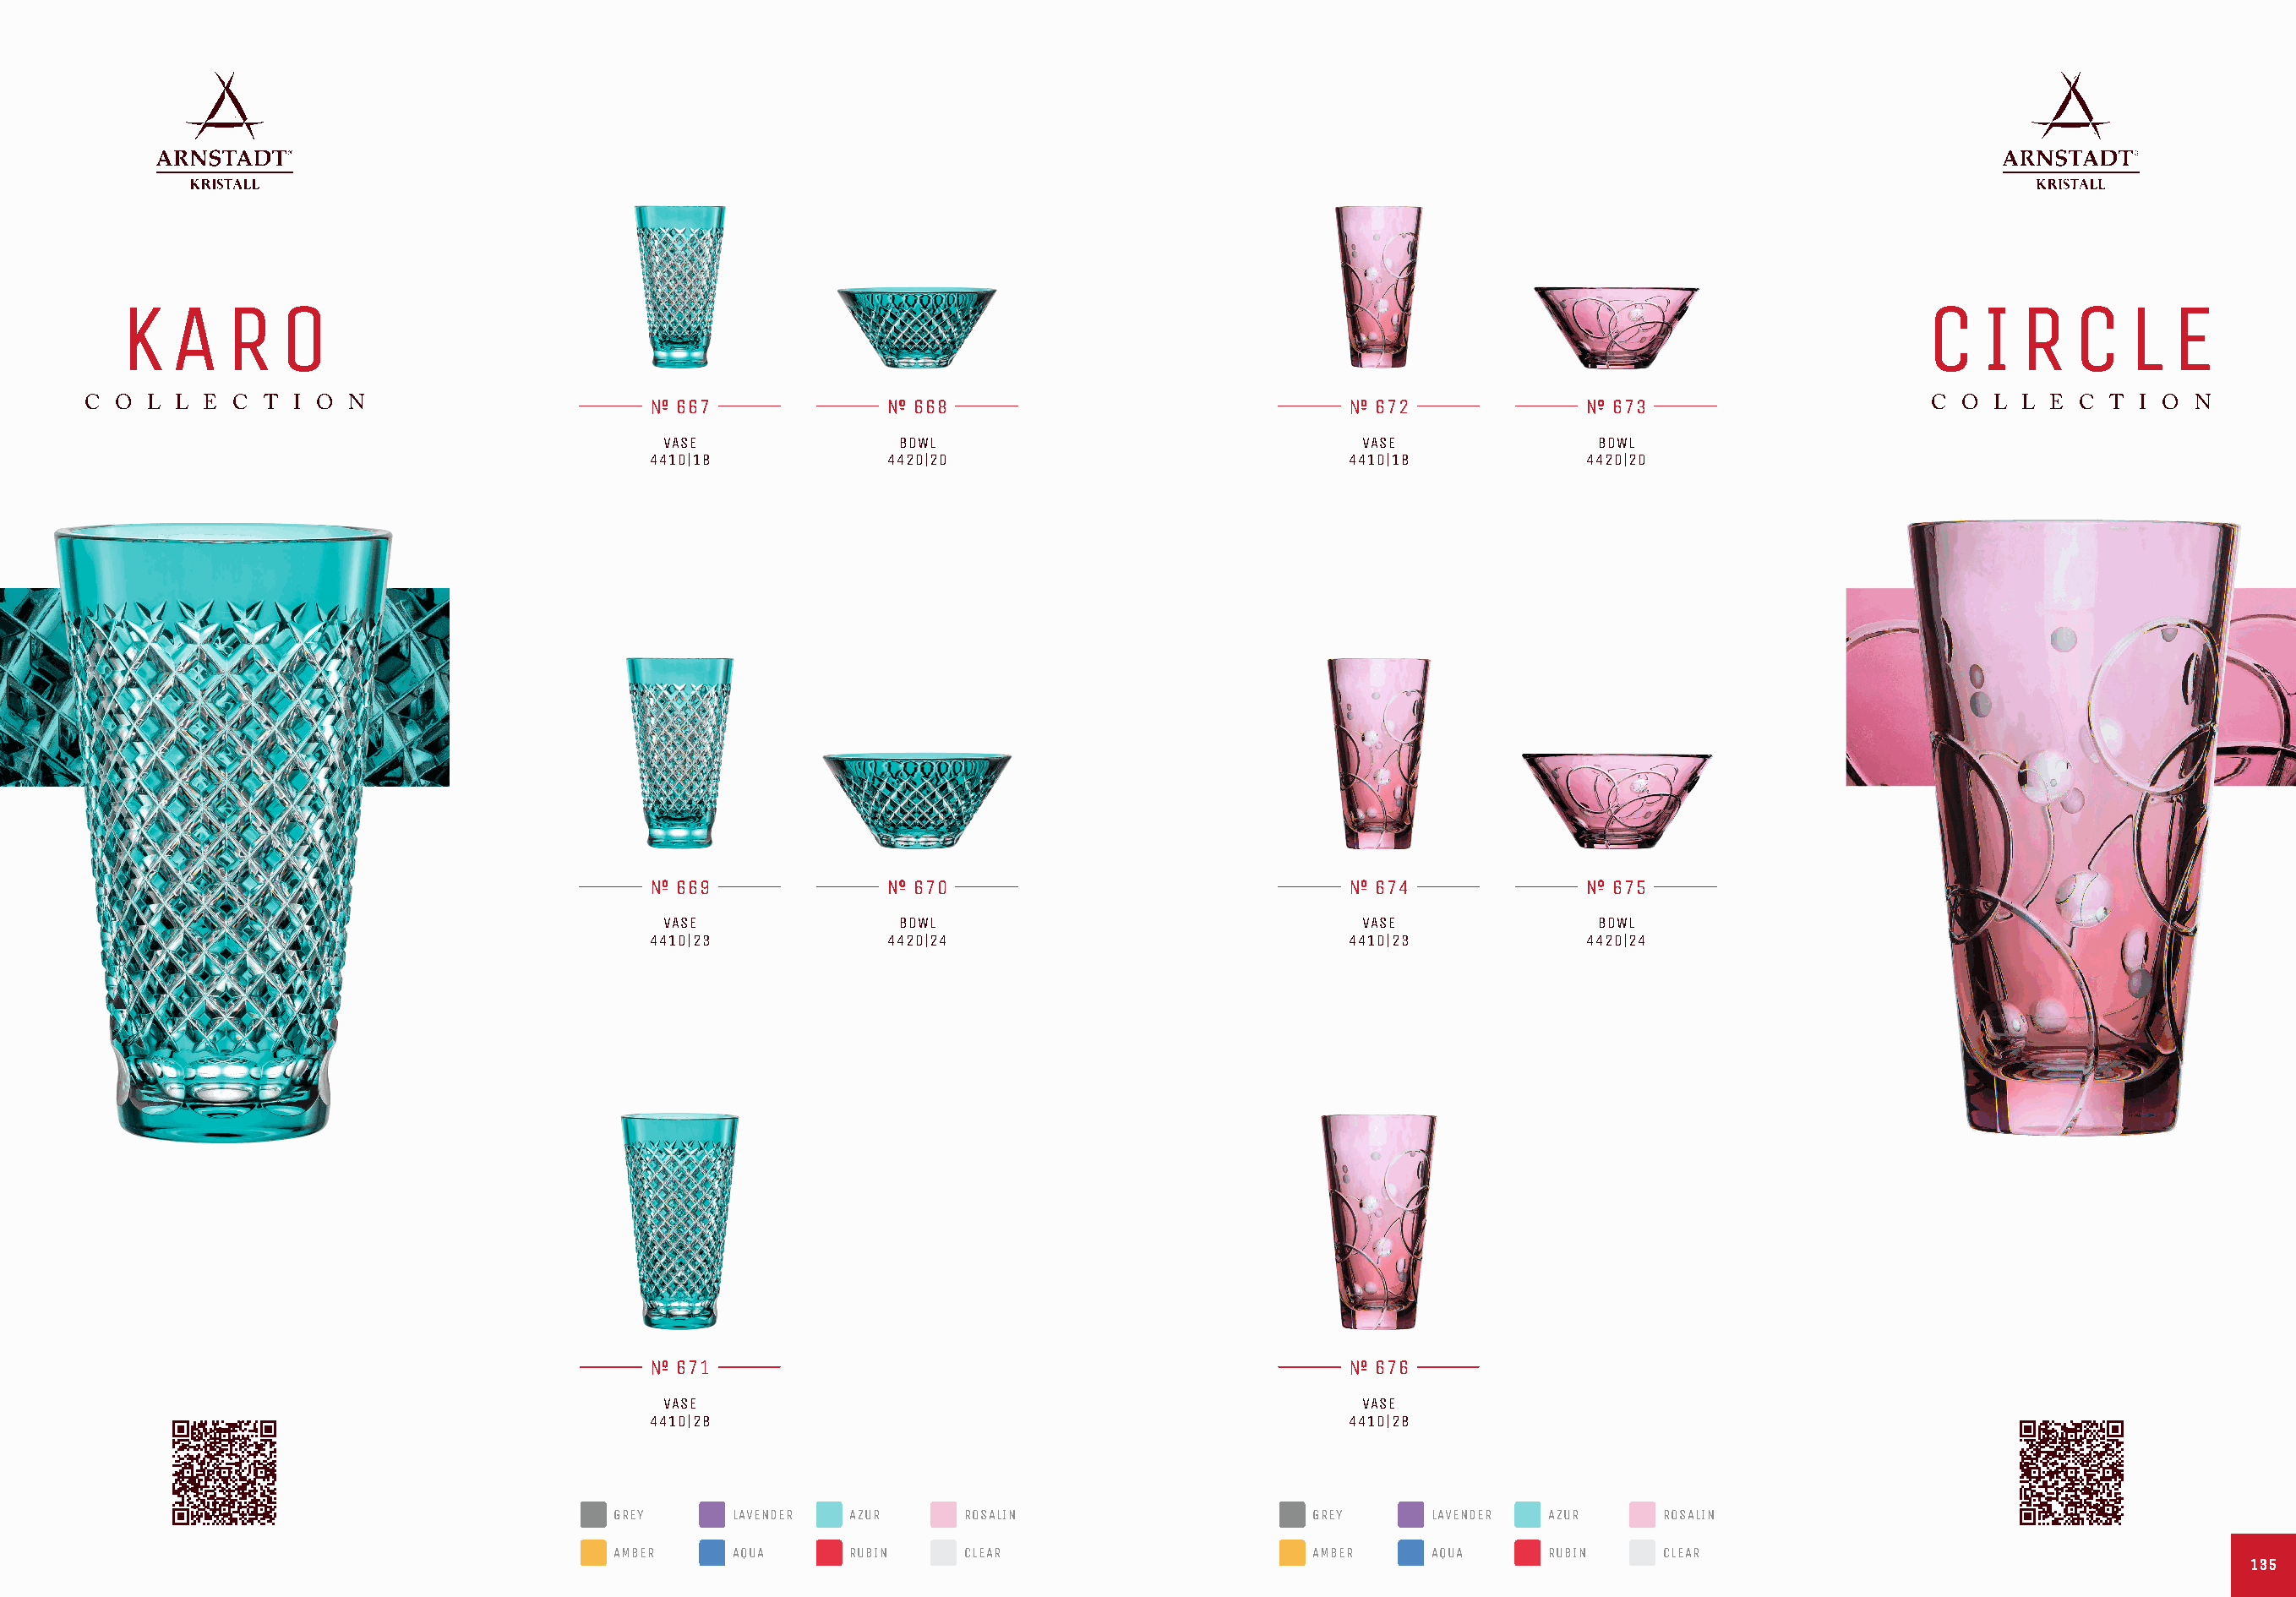
K   A    R   O                                                                                                                                C   I  R   C    L  E
 C O  L L E C  T I O N                         667                668                                 672               673                      C  O L L  E C T  I O N
 VASE              BOWL                                 VASE              BOWL
 4410|18           4420|20                              4410|18           4420|20
 669                670                                 674               675
 VASE              BOWL                                 VASE              BOWL
 4410|23           4420|24                              4410|23           4420|24
 671                                                    676
 VASE                                                   VASE
 4410|28                                                4410|28
 GREY     LAVENDER  AZUR     ROSALIN                    GREY     LAVENDER AZUR     ROSALIN
 AMBER    AQUA      RUBIN    CLEAR                      AMBER    AQUA     RUBIN    CLEAR
 113355